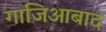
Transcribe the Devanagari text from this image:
गाजिआबाद